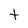
Character: t